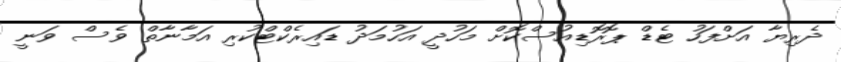
ދެރިޔާ އަށްފަހު ޓެޑް ޕޮރޮޑިއުސްކޮށް މަހުދީ އަހުމަދު ޑައިރެކްޓްކުރި އަމާނާތް ވެސް ވަނީ